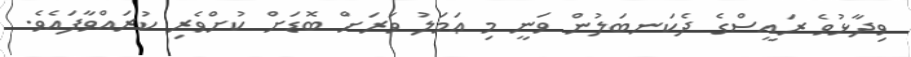
ވިދާޅުވެ ރައީސްގެ ދެކަނބަލުން ވަނީ މި ޢަމަލު ވަރަށް ބޮޑަށް ކުށްވެރި ކުރައްވާފައެވެ.